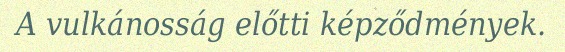
A vulkánosság előtti képződmények.